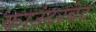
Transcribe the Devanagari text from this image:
काउंटरवेट